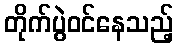
တိုက်ပွဲဝင်နေသည့်